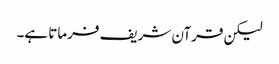
لیکن قرآن شریف فرماتا ہے۔